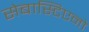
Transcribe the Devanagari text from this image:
सेबास्टिएनो